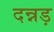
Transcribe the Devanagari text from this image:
दन्नड़